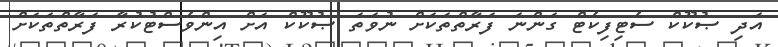
އަދި ޞުކޫކް ސެޓިފިކެޓް ގަންނަ ފަރާތްތަކަށް ނުވަތަ ޞުކޫކް އަށް އިންވެސްޓުކުރާ ފަރާތްތަކަށް